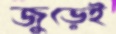
জুড়েই